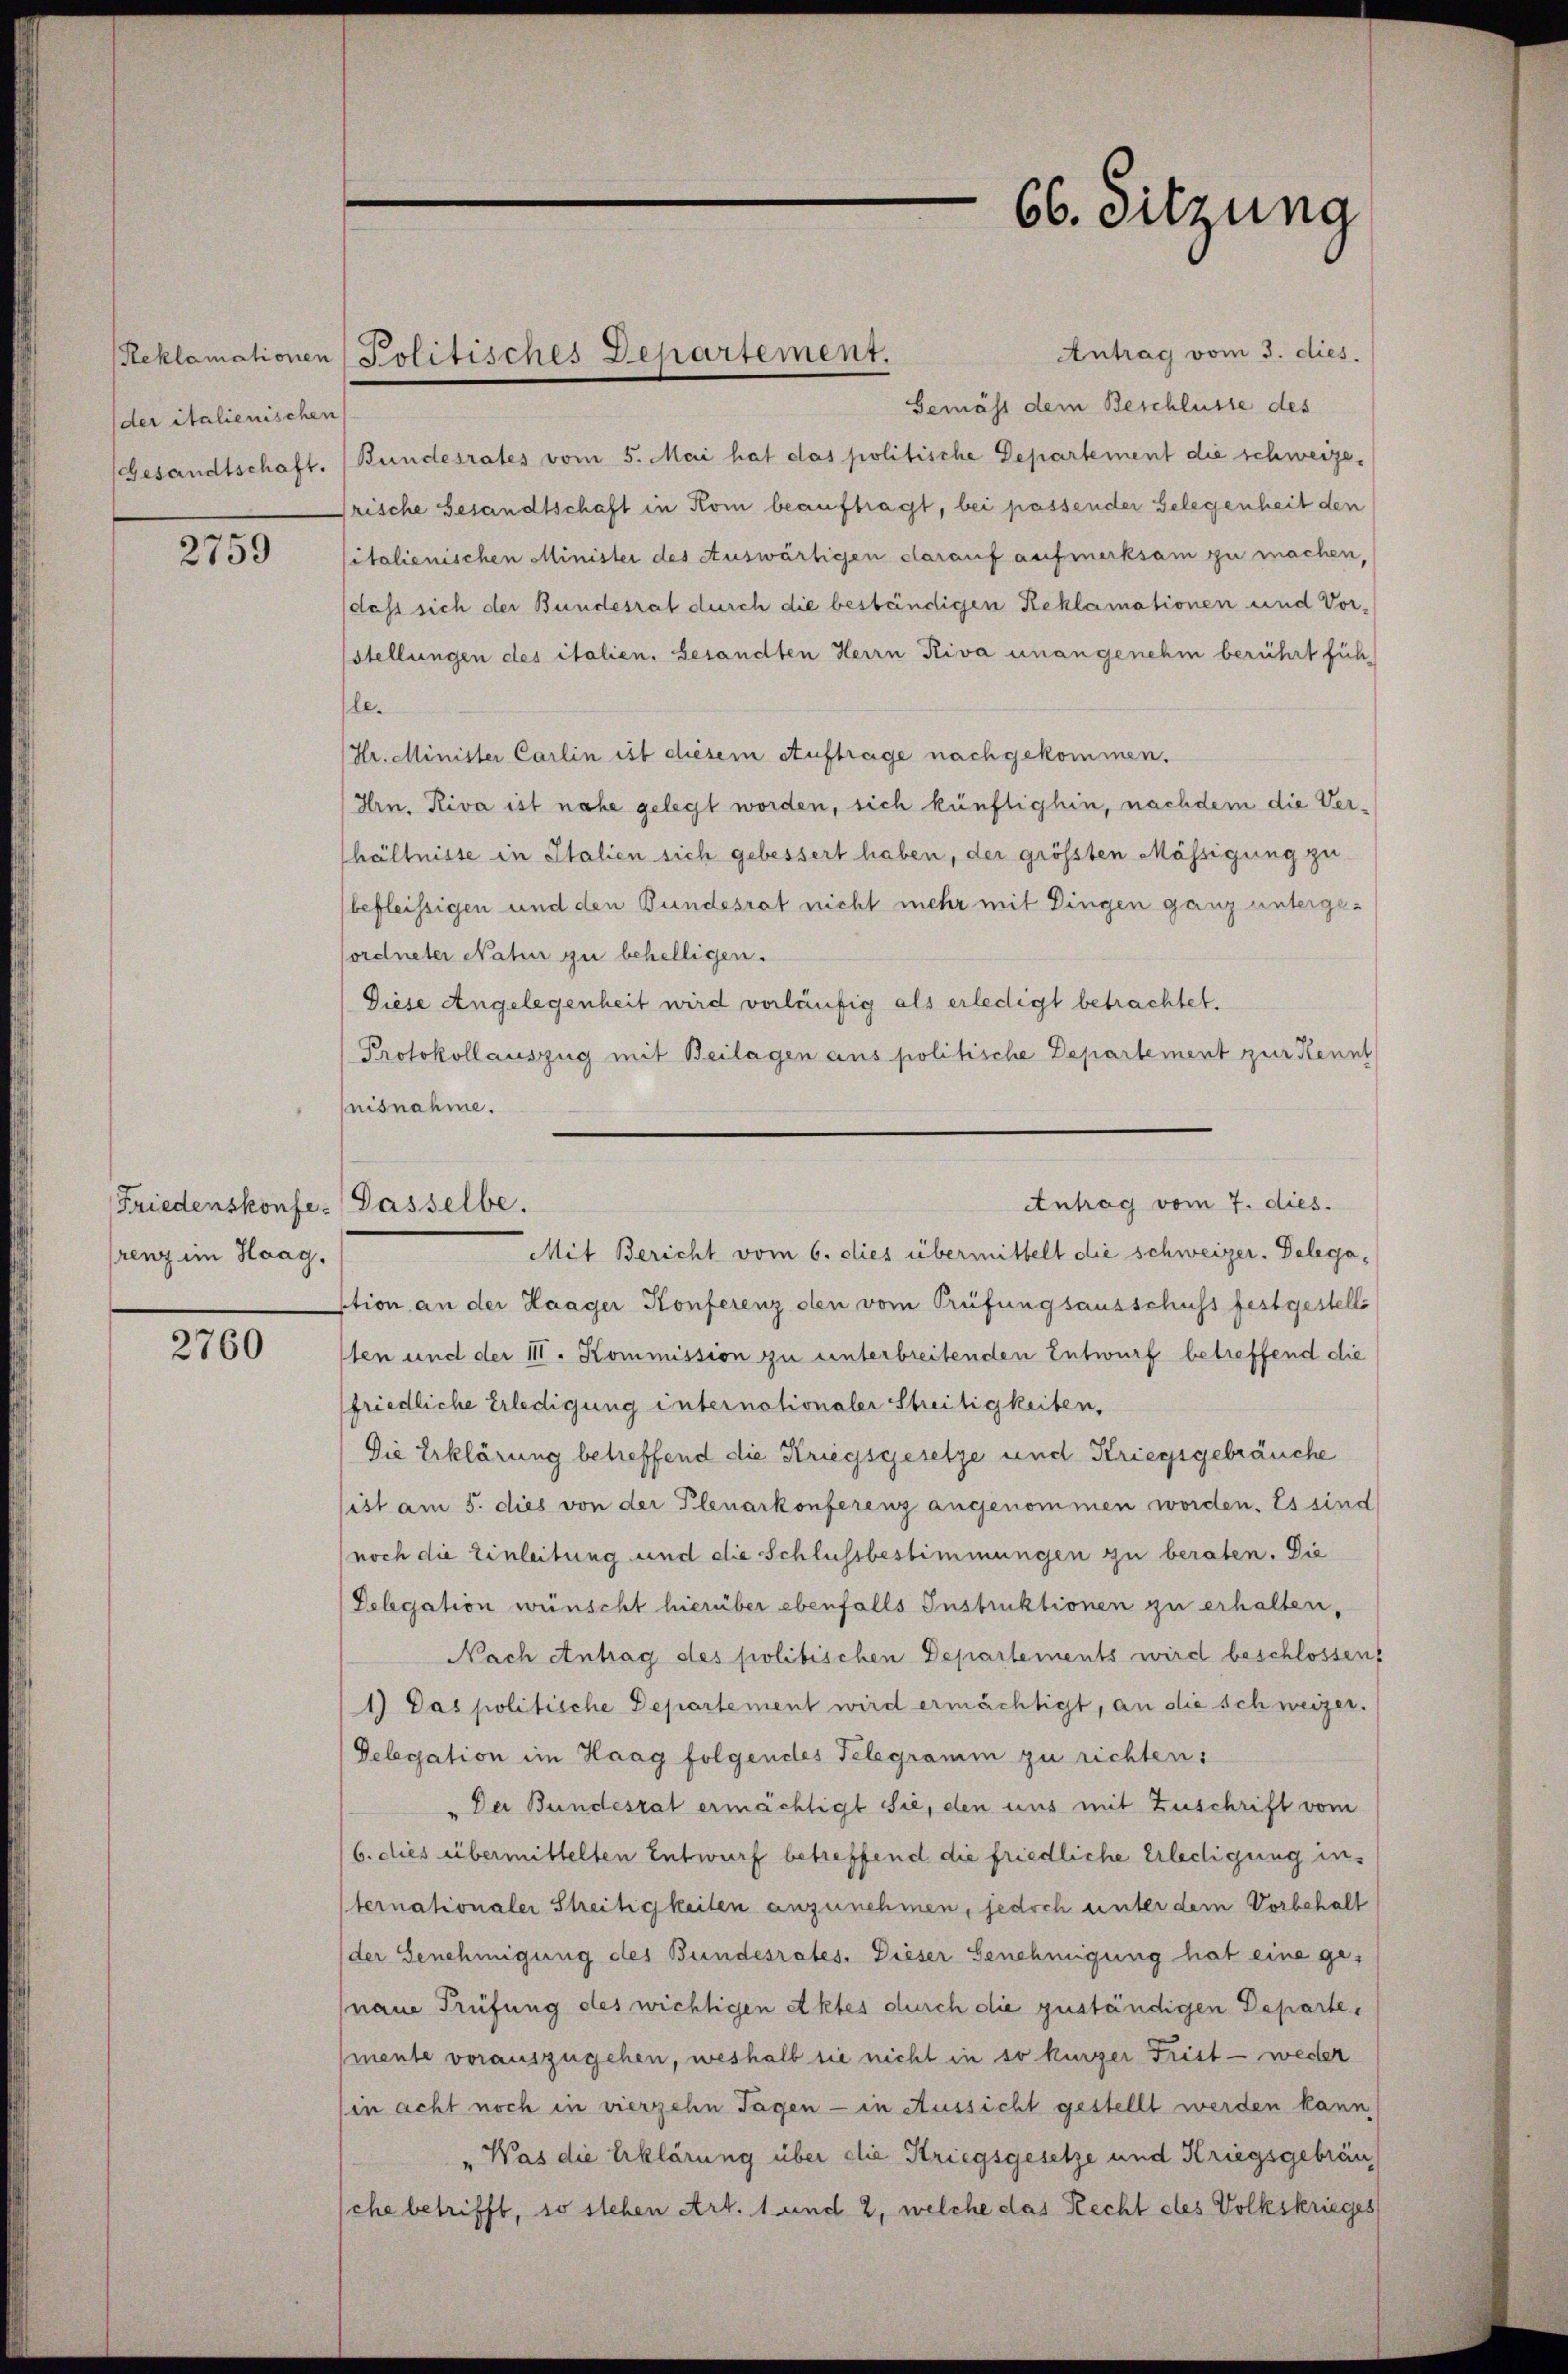
der italienischen

2759

Friedenskonfe- Gasselbe.
frenz im Haag.

2760

Reklamationen Politisches Departement.

66. Sitzung

Antrag vom 3. dies
Gemäss dem Beschlüsse des
Gesandtschaft. Bundesrates vom 5. Mai hat das politische Departement die schweizerische Gesandtschaft in Kom beauftragt, bei passender Gelegenheit den
italienischen Minister des Auswärtigen darauf aufmerksam zu machen,
dass sich der Bundesrat durch die beständigen Reklamationen und Vorstellungen des italien, besandten Herrn Riva unangenehm berührt füh
le.
Hr. Minister Carlin ist diesem Auftrage nach gekommen.
Hrn. Riva ist nahe gelegt worden, sich künftighin, nachdem die Verhältnisse in Italien sich gebessert haben, der größten Mässigung zu
befleissigen und den Bundesrat nicht mehr mit Dingen ganz untergesordneter Naher zu behelligen.
Diese Angelegenheit wird vorläufig als erledigt betrachtet.
Protokollauszug mit Beilagen aus politische Departement zur Kennt
nisnahme.

Antrag vom 7. dies.
Mit Bericht vom 6. dies übermittelt die schweizer. Delega¬

ction an der Haager Konferenz den vom Prüfungsausschuss festgestelle
sten und der III. Kommission zu unterbreitenden Entwurf betreffend die
friedliche Erledigung internationaler Streitigkeiten,
Die Erklärung betreffend die Kriegsgesetze und Kriegsgebräuche
ist am 5. dies von der Plenarkonferenz angenommen worden. Es sind
noch die Einleitung und die Schlussbestimmungen zu beraten. Die
Delegation wünscht hierüber ebenfalls Instruktionen zu erhalten,
Nach Antrag des politischen Departements wird beschlossen,
1) Das politische Departement wird ermächtigt, an die schweizer.
Delessation im Haag folgendes Telegramm zu richten:
Der Bundesrat ermächtigt sie, den uns mit Zuschrift vom
6. dies übermittelten Entwurf betreffend die friedliche Erledigung in¬
Sternationaler Streitigkeiten anzunehmen, jedoch unter dem Vorbehalt
(der Genehmigung des Bundesrates. Dieser Genehmigung hat eine genaue Prüfung des wichtigen Aktes durch die zuständigen Departemente vorauszugehen, weshalb sie nicht in so kurzer Frist - weiter
(in acht noch in vierzehn Tagen - in Aussicht gestellt werden kann,
" Was die Erklärung über die Kriegsgesetze und Kriegsgebräu
sche betrifft, so stehen Art. 1 und 2, welche das Recht des Volkskrieges